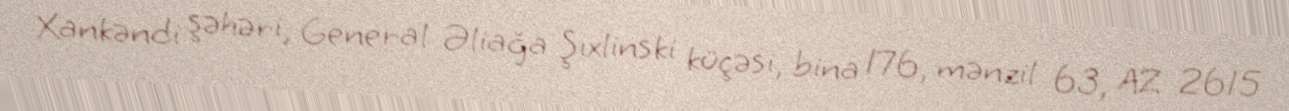
Xankəndi şəhəri, General Əliağa Şıxlinski küçəsi, bina 176, mənzil 63, AZ 2615